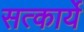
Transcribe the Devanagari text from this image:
सत्कार्ये